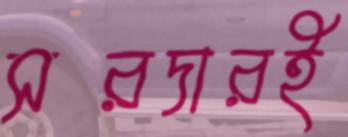
সরদারই